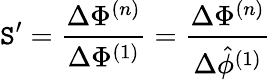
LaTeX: \mathtt{S}^{\prime}=\frac{{\Delta\Phi^{(n)}}}{{\Delta\Phi^{(1)}}}=\frac{{\Delta\Phi^{(n)}}}{{\Delta\hat{{\phi}}^{(1)}}}